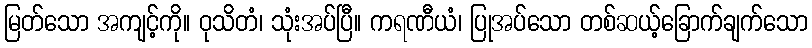
မြတ်သော အကျင့်ကို။ ဝုသိတံ၊ သုံးအပ်ပြီ။ ကရဏီယံ၊ ပြုအပ်သော တစ်ဆယ့်ခြောက်ချက်သော